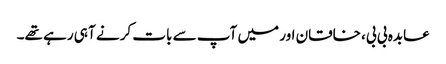
عابدہ بی بی، خاقان اور میں آپ سے بات کرنے آ ہی رہے تھے۔